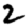
Digit: 2